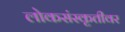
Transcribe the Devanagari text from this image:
लोकसंस्कृतीवर